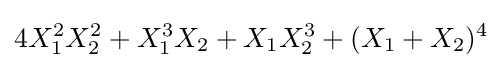
4X_{1}^{2}X_{2}^{2}+X_{1}^{3}X_{2}+X_{1}X_{2}^{3}+(X_{1}+X_{2})^{4}